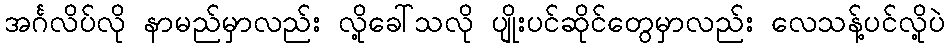
အင်္ဂလိပ်လို နာမည်မှာလည်း လို့ခေါ်သလို ပျိုးပင်ဆိုင်တွေမှာလည်း လေသန့်ပင်လို့ပဲ